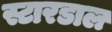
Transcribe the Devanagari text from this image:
स्टारडाल